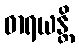
ဓာရယန္တိ